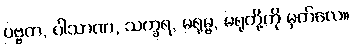
ပဗ္ဗတ, ပါသာဏ, သက္ခရ, မရုမ္ဗ, မရုတို့ကို မှတ်လေ။